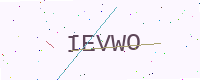
Text: IEVWO